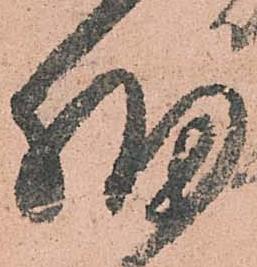
細